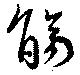
觴